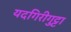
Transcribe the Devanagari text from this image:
यदगिरीगुट्टा